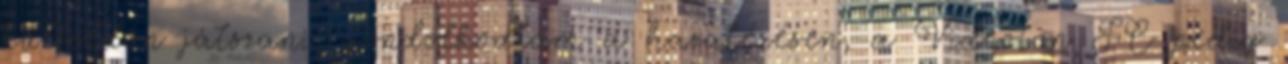
külföldön játszani, gondolkodtam a hazatérésen, a Videoton FC pedig